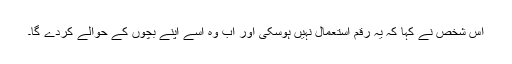
اس شخص نے کہا کہ یہ رقم استعمال نہیں ہوسکی اور اب وہ اسے اپنے بچوں کے حوالے کردے گا۔